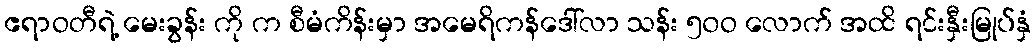
ဧရာဝတီရဲ့ မေးခွန်း ကို က စီမံကိန်းမှာ အမေရိကန်ဒေါ်လာ သန်း ၅၀ဝ လောက် အထိ ရင်းနှီးမြုပ်နှံ